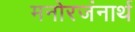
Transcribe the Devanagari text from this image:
मनोरजंनार्थ